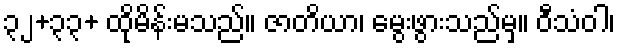
၃၂+၃၃+ ထိုမိန်းမသည်။ ဇာတိယာ၊ မွေးဖွားသည်မှ။ ဝီသံဝါ၊